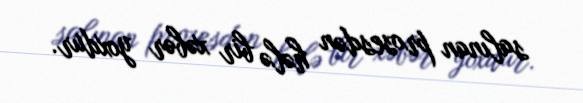
salınan prosesdən hələ bir xəbər yoxdur.